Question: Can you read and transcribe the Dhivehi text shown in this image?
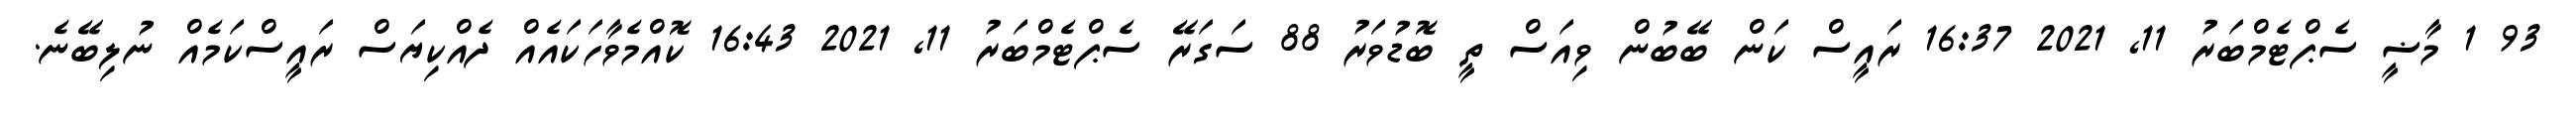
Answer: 93 1 މާޟީ ސެޕްޓެމްބަރު 11, 2021 16:37 ރައީސް ކަން ބޭބުން ވިއަސް ތީ ބޮޑުވަރު 88 ސަގަރޭ ސެޕްޓެމްބަރު 11, 2021 16:43 ކޮއްމެވާހަކައެއް ދެއްކިޔަސް ރައީސްކަމެއް ނުލިބޭނެ.